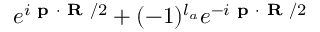
e ^ { i \textbf { p } \cdot \textbf { R } / 2 } + ( - 1 ) ^ { l _ { a } } e ^ { - i \textbf { p } \cdot \textbf { R } / 2 }